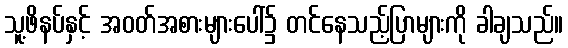
သူ့ဖိနပ်နှင့် အဝတ်အစားများပေါ်၌ တင်နေသည့်ပြာများကို ခါချသည်။